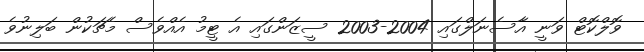
ވޮލްކޮޓް ވަނީ އާސެނަލްގައި 2004-2003 ސީޒަންގައި އެ ޓީމު އެއްވެސް މެޗަކުން ބަލިނުވެ